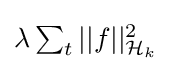
{\textstyle \lambda \sum _{t}||f||_{{\mathcal {H}}_{k}}^{2}}